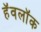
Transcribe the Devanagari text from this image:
हॅवलॉक